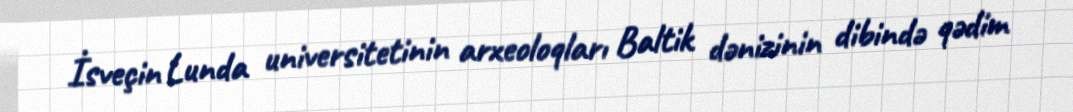
İsveçin Lunda universitetinin arxeoloqları Baltik dənizinin dibində qədim